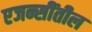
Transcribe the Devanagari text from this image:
एजन्सींतील